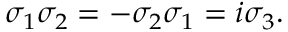
\begin{array} { r } { \sigma _ { 1 } \sigma _ { 2 } = - \sigma _ { 2 } \sigma _ { 1 } = i \sigma _ { 3 } . } \end{array}